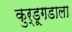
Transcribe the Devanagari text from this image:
कुर्डूगडाला